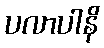
ပလာပါနိ